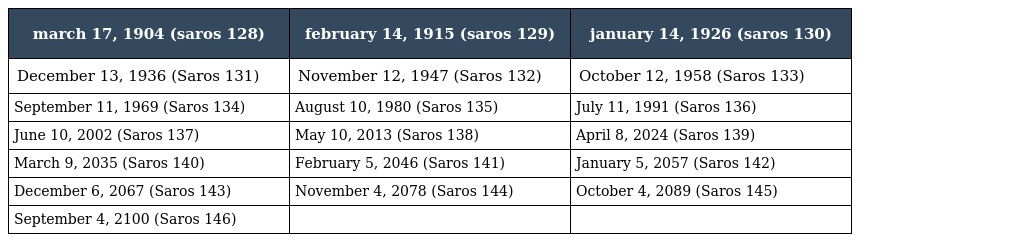
| march 17, 1904 (saros 128) | february 14, 1915 (saros 129) | january 14, 1926 (saros 130) |
 | --- | --- | --- |
 | December 13, 1936 (Saros 131) | November 12, 1947 (Saros 132) | October 12, 1958 (Saros 133) |
 | September 11, 1969 (Saros 134) | August 10, 1980 (Saros 135) | July 11, 1991 (Saros 136) |
 | June 10, 2002 (Saros 137) | May 10, 2013 (Saros 138) | April 8, 2024 (Saros 139) |
 | March 9, 2035 (Saros 140) | February 5, 2046 (Saros 141) | January 5, 2057 (Saros 142) |
 | December 6, 2067 (Saros 143) | November 4, 2078 (Saros 144) | October 4, 2089 (Saros 145) |
 | September 4, 2100 (Saros 146) |  |  |